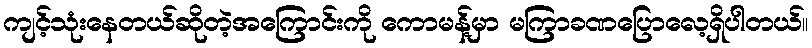
ကျင့်သုံးနေတယ်ဆိုတဲ့အကြောင်းကို ကောမန့်မှာ မကြာခဏပြောလေ့ရှိပါတယ်။